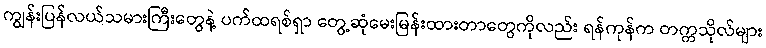
ကျွန်းပြန်လယ်သမားကြီးတွေနဲ့ ပက်ထရစ်ရှာ တွေ့ဆုံမေးမြန်းထားတာတွေကိုလည်း ရန်ကုန်က တက္ကသိုလ်များ